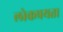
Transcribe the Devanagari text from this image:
लोकप्रयता